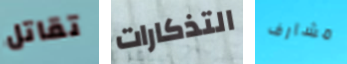
تقاتل التذكارات مشارف